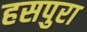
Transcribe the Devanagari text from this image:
हसपुरा